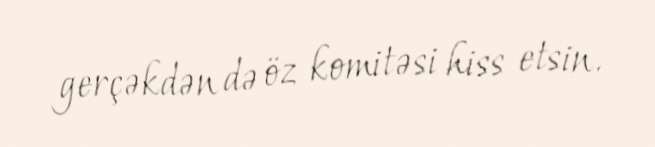
gerçəkdən də öz komitəsi hiss etsin.